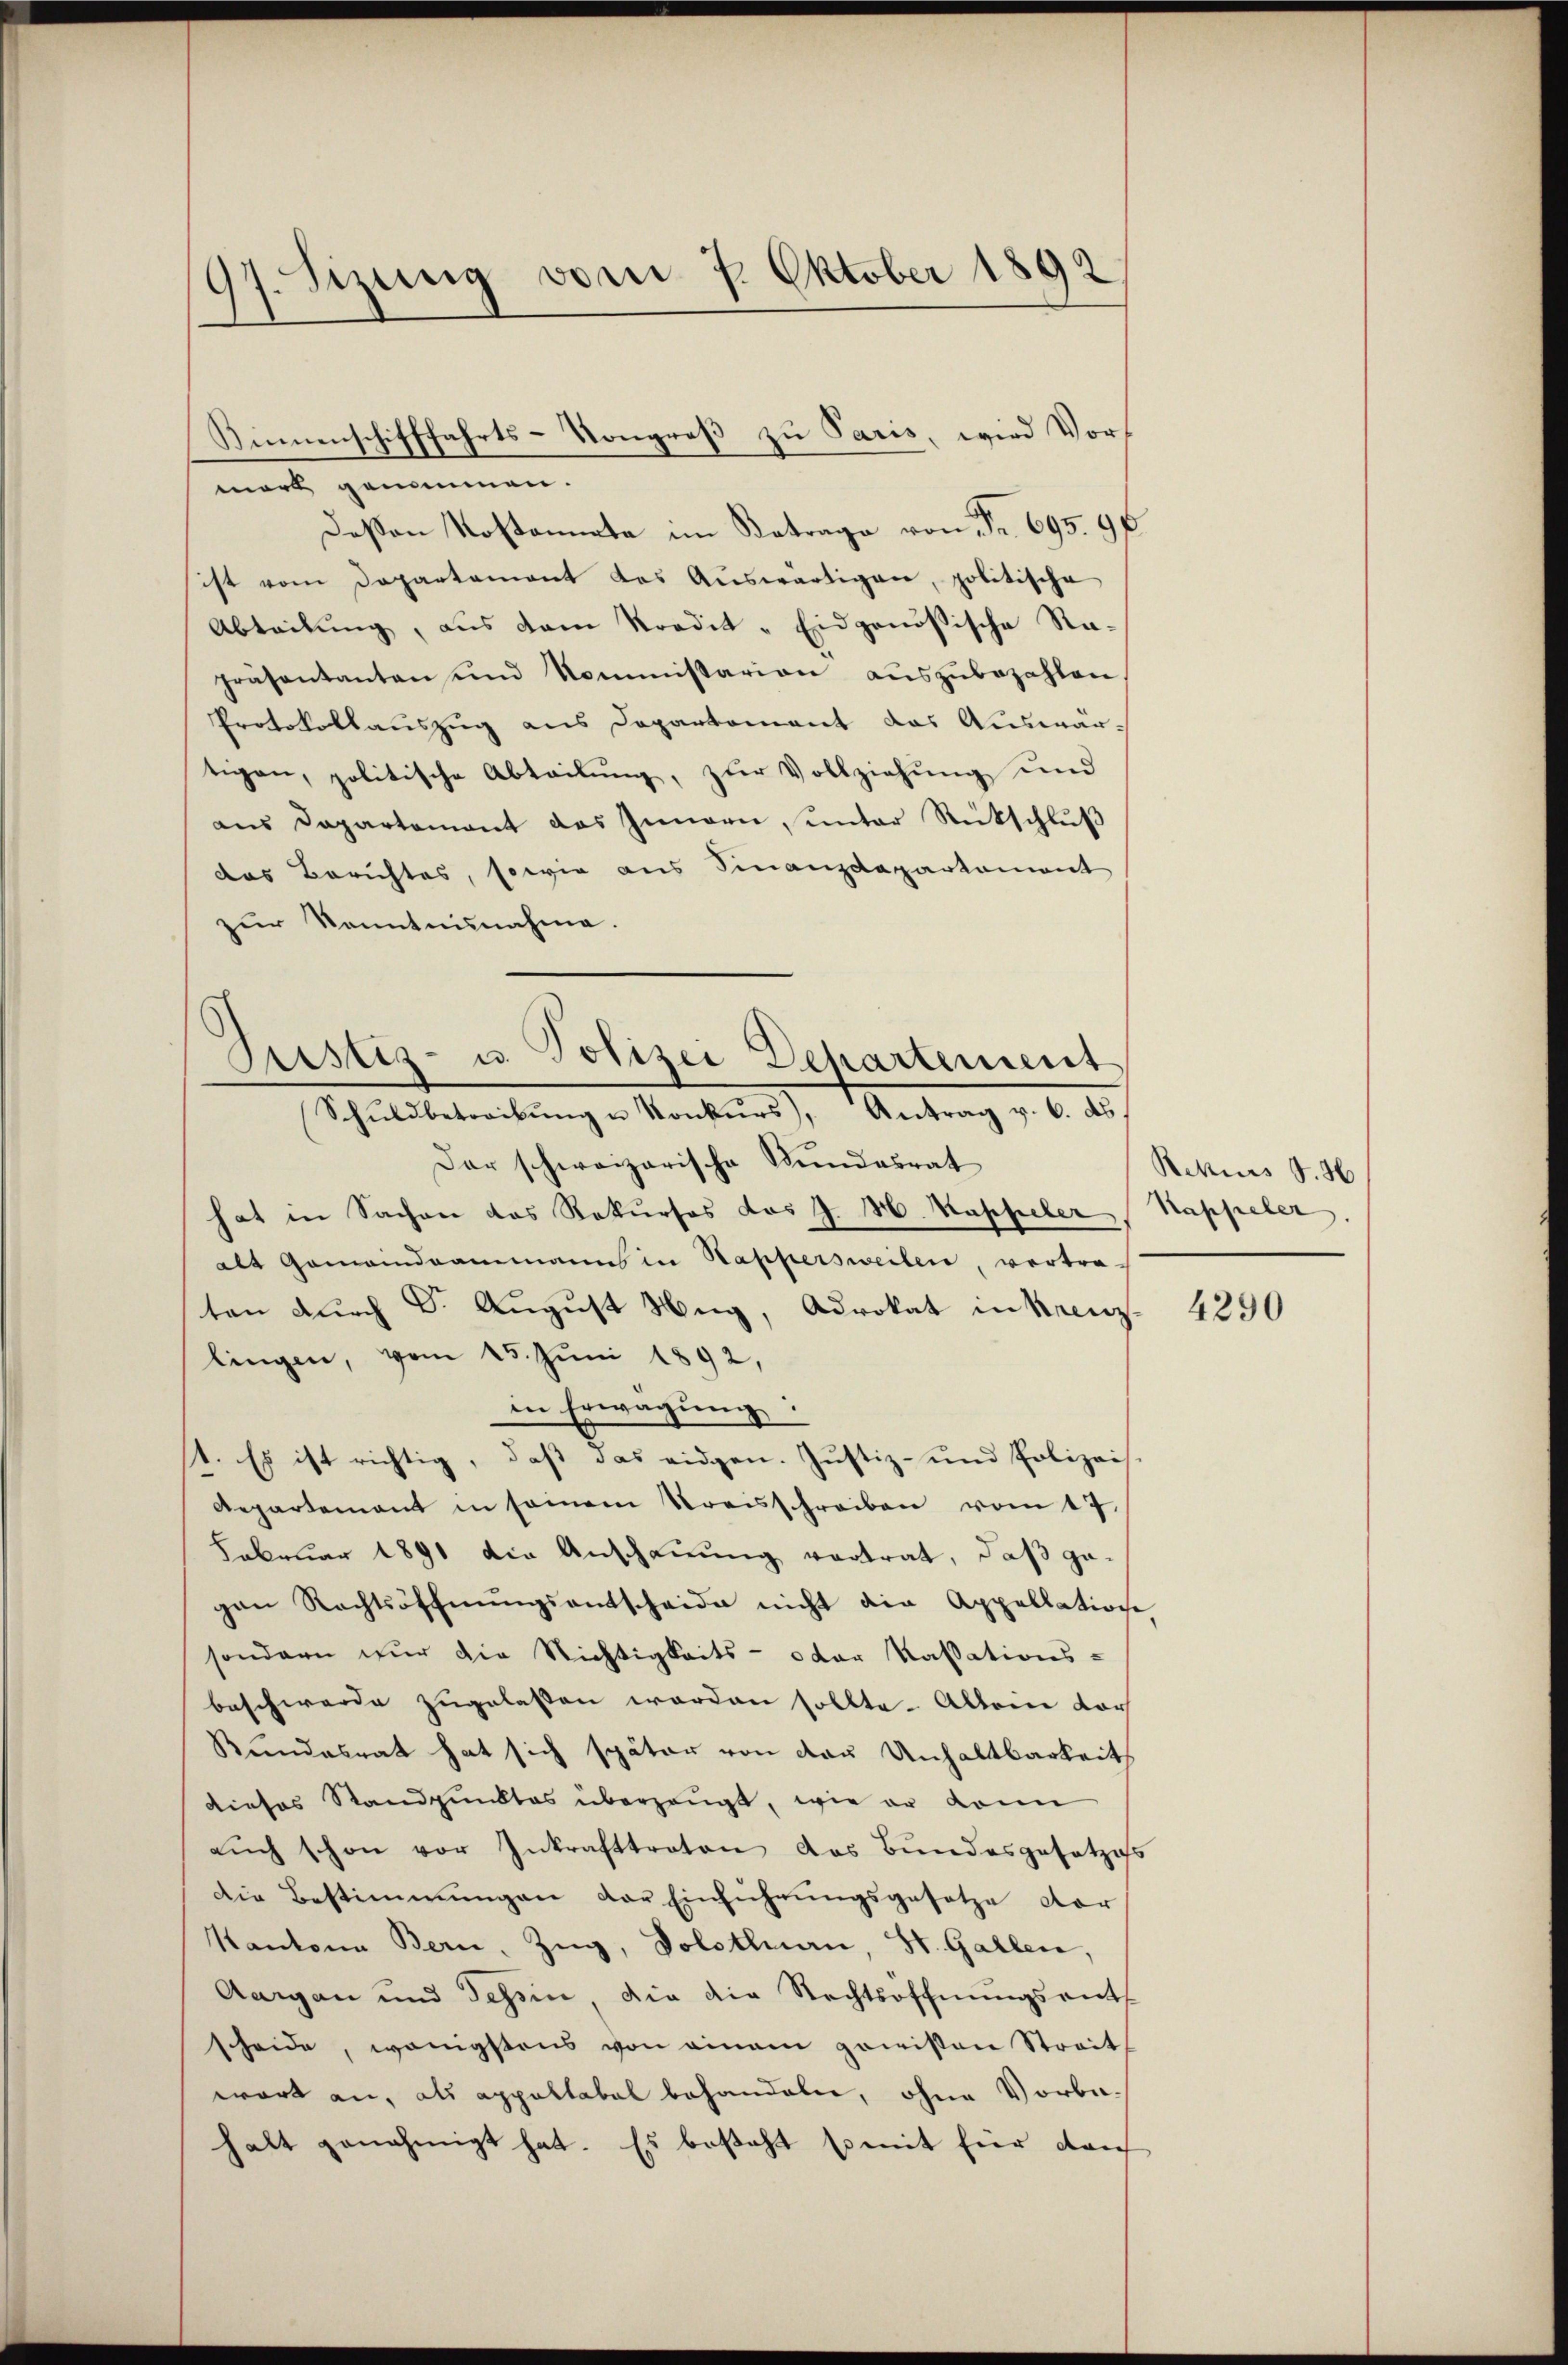
97. Sizung vom 7. Oktober 1892

mort genommen.
Deßen Kostannata im Betrage von Fr. 695. 98
ist vom Departament das Aŭswärtigen, politische
Abteilŭng, aus dem Kredit "Eidgenößische Ra-
präsentanten und kommissarian aŭszŭbezahlen
Protokollauszug aus Departement das Auswärtigen, politische Abteilŭng, zur Vollziehung und
aus Departement des Innern, unter Rückschluß
das Berichtes, sowie aus Finanzdepartament
zur Kenntnisnahme.

Rinnenschifffahrts-Kongreß zu Paris, wird Vor¬

Justiz- u. Polizei Departement
Schŭldbetreibŭng u Konkurs, Antrag v. 6. ds.

Der schweizerische Kundesrat
hat in Sachen das Rekurses das J. H. Kappeler Kappeler,
als Gemeindeammanns in Nappersweilen, vertra-
ten durch Dr. August Weg, Advokat in Krenz
lingen, vom 15. Juni 1892,
in Erwägŭng:
1. Es ist richtig, daß das eidgen. Justiz- und Polizeis¬
Repartement in seinem Streisschreiben vom 17.
Februar 1891 die Anschauung vertrat, daß gegen Rechtsöffnŭngsantscheide nicht die Appellation
sondern wir die Nichtigkeits- oder Kassations-
beschwerde zugelassen worden sollte. Alleine dor
Kundesrat hat sich später von den Unhaltbarkeits
dieses Standpunktes überzeugt, wie er kann
aŭch schon vor Inkrafttreten das Bundesgesetzes
Die Bestimmungen der Einführungsgesetze vor
Kantone Bern, Zug, Solothurn, St. Gallen,
Aargau und Tessin, die die Rechtsöffnŭngsent
scheide, wenigstens von einem geweisten Streit
wart an, als appaltabel behandeln, ohne Vorbehalt genehmigt hat. Es besteht so mit hier drich

Rezius S. 36

4290